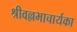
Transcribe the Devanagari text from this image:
श्रीवल्लभाचार्यका